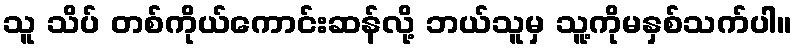
သူ သိပ် တစ်ကိုယ်ကောင်းဆန်လို့ ဘယ်သူမှ သူ့ကိုမနှစ်သက်ပါ။